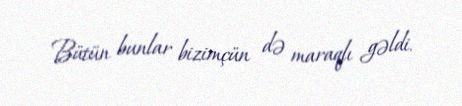
Bütün bunlar bizimçün də maraqlı gəldi.